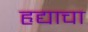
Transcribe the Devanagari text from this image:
हृद्याचा